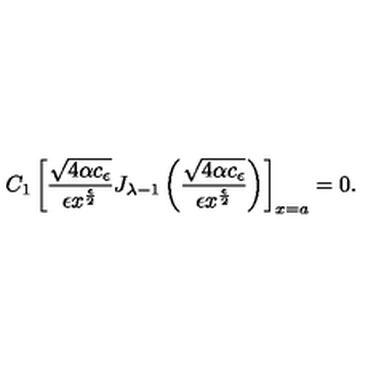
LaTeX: C _ { 1 } \left[ \frac { \sqrt { 4 \alpha c _ { \epsilon } } } { \epsilon x ^ { \frac { \epsilon } { 2 } } } J _ { { \lambda } - 1 } \left( \frac { \sqrt { 4 \alpha c _ { \epsilon } } } { \epsilon x ^ { \frac { \epsilon } { 2 } } } \right) \right] _ { x = a } = 0 .